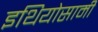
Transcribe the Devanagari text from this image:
इथियोसामी